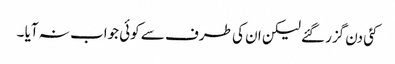
کئی دن گزر گئے لیکن ان کی طرف سے کوئی جواب نہ آیا ۔